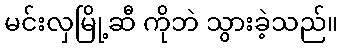
မင်းလှမြို့ဆီ ကိုဘဲ သွားခဲ့သည်။